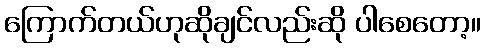
ကြောက်တယ်ဟုဆိုချင်လည်းဆို ပါစေတော့။